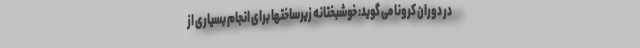
در دوران کرونا می گوید: خوشبختانه زیرساختها برای انجام بسیاری از